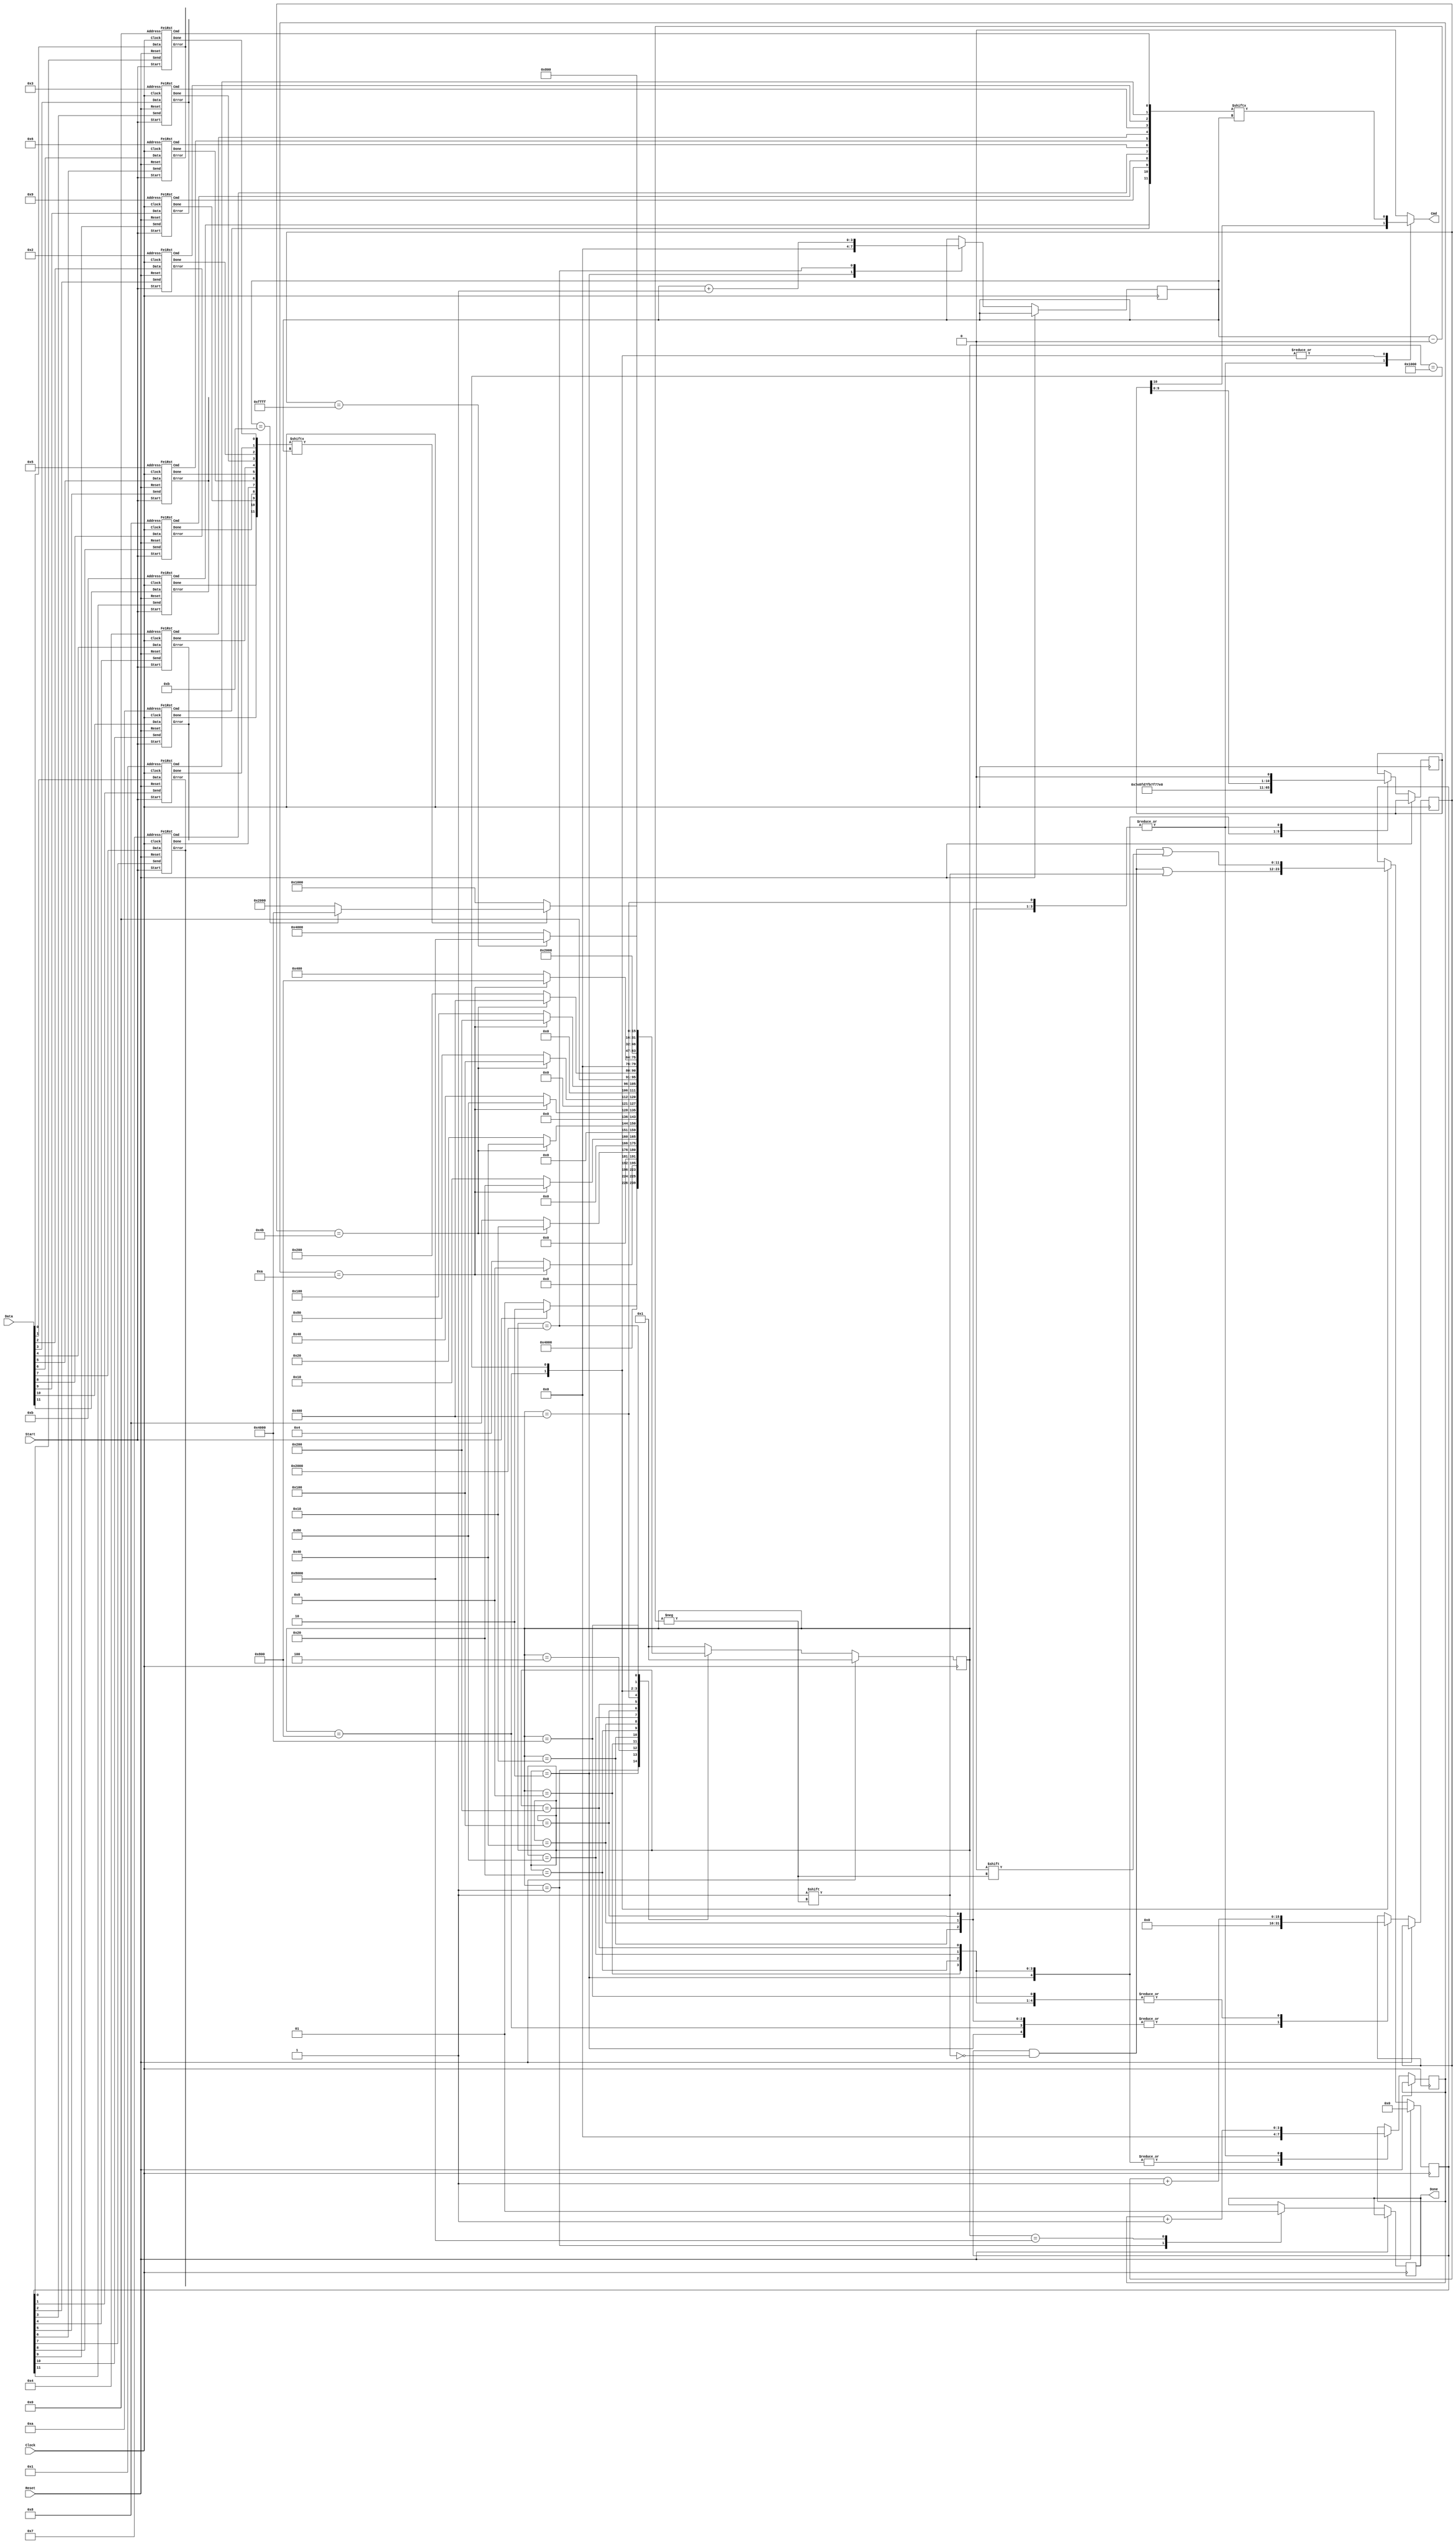
//Program to run in the pCT Tracker front-end board to reset the
//ASICs without affecting the data acquisition registers.  To do 
//that, it must read the present configuration and store it, send
//the reset command, and then reload the configuration.  A wait
//is needed after that to allow the DAC and I/O channels to 
//settle.  Only the configuration register, trigger and data mask
//registers, and the threshold DAC register need to be reloaded.
//R. Johnson, 2013
module FeReset(Done,Cmd,Data,Start,Clock,Reset);

input Reset;
input Clock;
input Start;		//Signal to start the reset
input [11:0] Data;  	//Data lines from the 12 chips

output Cmd;        	//Commands going out to the chips
output Done;		//Signal that all is completed and the run can resume

reg Cmd;
reg Done;

wire [2:0] Error0, Error1, Error2, Error3, Error4, Error5, Error6, Error7, Error8, Error9, ErrorA, ErrorB;
reg [11:0] Send;
wire [11:0] Cmd1;
wire [11:0] Done1;

initial begin
//	$display("Time           State     Start  Data   Cmd  Send   Cmd1  Done1   Command   Cnt   CntWt");
end
always @ (posedge Clock) begin
//	$display("%g\t  %b %b   %b   %b  %b %b %b %b %d %d",$time,State,Start,Data,Cmd,Send,Cmd1,Done1,Command,Cnt,CntWt);
end

//Instantiate a program to handle each of the ASICs
//They will all store the register information simultaneously,
//and they will be reset simultaneously but they will be reloaded 
//one at a time (there is only a single command line).
Fe1Rst Fe1Rst0(Done1[0],Error0,Cmd1[0],Data[0],Send[0],Start,5'b00000,Clock,Reset);
Fe1Rst Fe1Rst1(Done1[1],Error1,Cmd1[1],Data[1],Send[1],Start,5'b00001,Clock,Reset);
Fe1Rst Fe1Rst2(Done1[2],Error2,Cmd1[2],Data[2],Send[2],Start,5'b00010,Clock,Reset);
Fe1Rst Fe1Rst3(Done1[3],Error3,Cmd1[3],Data[3],Send[3],Start,5'b00011,Clock,Reset);
Fe1Rst Fe1Rst4(Done1[4],Error4,Cmd1[4],Data[4],Send[4],Start,5'b00100,Clock,Reset);
Fe1Rst Fe1Rst5(Done1[5],Error5,Cmd1[5],Data[5],Send[5],Start,5'b00101,Clock,Reset);
Fe1Rst Fe1Rst6(Done1[6],Error0,Cmd1[6],Data[6],Send[6],Start,5'b00110,Clock,Reset);
Fe1Rst Fe1Rst7(Done1[7],Error1,Cmd1[7],Data[7],Send[7],Start,5'b00111,Clock,Reset);
Fe1Rst Fe1Rst8(Done1[8],Error2,Cmd1[8],Data[8],Send[8],Start,5'b01000,Clock,Reset);
Fe1Rst Fe1Rst9(Done1[9],Error3,Cmd1[9],Data[9],Send[9],Start,5'b01001,Clock,Reset);
Fe1Rst Fe1RstA(Done1[10],Error4,Cmd1[10],Data[10],Send[10],Start,5'b01010,Clock,Reset);
Fe1Rst Fe1RstB(Done1[11],Error5,Cmd1[11],Data[11],Send[11],Start,5'b01011,Clock,Reset);

//State definitions for the state machine
parameter [15:0] Wait=16'b0000000000000001;	//Wait for the start signal
parameter [15:0] CmTh=16'b0000000000000010;	//Load the read threshold DAC register command
parameter [15:0] RdTh=16'b0000000000000100;	//Send out the read threshold DAC register command
parameter [15:0] CmCf=16'b0000000000001000;	//Load the read configuration register command
parameter [15:0] RdCf=16'b0000000000010000;	//Send out the read configuration register command
parameter [15:0] CmDt=16'b0000000000100000;	//Load the read data mask register command
parameter [15:0] RdDt=16'b0000000001000000;	//Send out the read data mask register command
parameter [15:0] CmTg=16'b0000000010000000;	//Load the read trigger mask register command
parameter [15:0] RdTg=16'b0000000100000000;	//Send out the read trigger mask register command
parameter [15:0] CmRs=16'b0000001000000000;	//Load the reset command
parameter [15:0] SdRs=16'b0000010000000000;	//Send out the reset command
parameter [15:0] LdCh=16'b0000100000000000;	//Send a signal to a chip to load its registers
parameter [15:0] WtCh=16'b0001000000000000;	//Wait for a chip to finish loading its registers
parameter [15:0] NxCh=16'b0010000000000000;	//Increment the chip pointer
parameter [15:0] Fini=16'b0100000000000000;	//Wait for the electronics to settle
parameter [15:0] SdDn=16'b1000000000000000;	//Send the done signal

reg [15:0] State, NextState;
reg [10:0] Command;
reg [3:0] Cnt;
reg [15:0] CntWt;
reg [3:0] Idx;			//Pointer to the chip being loaded

always @ (State or Start or Cnt or CntWt or Done1 or Command or Cmd1 or Idx) begin
	case (State)
		Wait:	begin
					Cmd = 1'b0;
					if (Start) NextState = CmTh;
					else NextState = Wait;
				end
		CmTh:	begin
					Cmd = 1'b0;
					NextState = RdTh;
				end
		RdTh:	begin
					if (Cnt == 10) NextState = CmCf;
					else NextState = RdTh;
					Cmd = Command[10];
				end
		CmCf:	begin
					Cmd = 1'b0;
					if (CntWt == 75) NextState = RdCf;
					else NextState = CmCf;
				end
		RdCf:	begin
					if (Cnt == 10) NextState = CmDt;
					else NextState = RdCf;
					Cmd = Command[10];
				end
		CmDt:	begin
					Cmd = 1'b0;
					if (CntWt == 75) NextState = RdDt;
					else NextState = CmDt;
				end
		RdDt:	begin
					if (Cnt == 10) NextState = CmTg;
					else NextState = RdDt;
					Cmd = Command[10];
				end
		CmTg:	begin
					Cmd = 1'b0;
					if (CntWt == 75) NextState = RdTg;
					else NextState = CmTg;
				end
		RdTg:	begin
					if (Cnt == 10) NextState = CmRs;
					else NextState = RdTg;
					Cmd = Command[10];
				end
		CmRs:	begin
					Cmd = 1'b0;
					if (CntWt == 75) NextState = SdRs;
					else NextState = CmRs;
				end
		SdRs:	begin
					if (Cnt == 10) NextState = LdCh;
					else NextState = SdRs;
					Cmd = Command[10];
				end
		LdCh:	begin
					Cmd = Cmd1[Idx];
					NextState = WtCh;
				end
		WtCh:	begin
					Cmd = Cmd1[Idx];
					if (Done1[Idx]) begin
						if (Idx == 4'b1011) NextState = Fini;
						else NextState = NxCh;
					end else NextState = WtCh;
				end
		NxCh:	begin
					Cmd = 1'b0;
					NextState = LdCh;
				end
		Fini:	begin
					Cmd = 1'b0;
					if (CntWt == 16'b1111111111111111) NextState = SdDn;
//					if (CntWt == 16'b0000000000111111) NextState = SdDn;
					else NextState = Fini;
				end
		SdDn:	begin
					Cmd = 1'b0;
					NextState = Wait;
				end
		default:	begin
						NextState = Wait;
						Cmd = 1'b0;
					end
	endcase
end

always @ (posedge Clock) begin
	if (Reset) begin
		State <= Wait;
		Send <= 0;
	end else begin
		State <= NextState;
		case (State)
			Wait:	begin
						Done <= 1'b0;
					end
			CmTh:	begin
						Command <= 11'b11111101000;
						Cnt <= 0;
						Idx <= 0;
						CntWt <= 0;
					end
			RdTh:	begin
						Cnt <= Cnt + 1;
						Command <= {Command[9:0],1'b0};
					end
			CmCf:	begin
						Cnt <= 0;
						CntWt <= CntWt + 1;
						Command <= 11'b11111101011;
					end
			RdCf:	begin
						CntWt <= 0;
						Cnt <= Cnt + 1;
						Command <= {Command[9:0],1'b0};
					end
			CmDt:	begin
						Cnt <= 0;
						CntWt <= CntWt + 1;
						Command <= 11'b11111101101;
					end
			RdDt:	begin
						CntWt <= 0;
						Cnt <= Cnt + 1;
						Command <= {Command[9:0],1'b0};
					end
			CmTg:	begin
						Cnt <= 0;
						CntWt <= CntWt + 1;
						Command <= 11'b11111101110;
					end
			RdTg:	begin
						Cnt <= Cnt + 1;
						CntWt <= 0;
						Command <= {Command[9:0],1'b0};
					end
			CmRs:	begin
						Cnt <= 0;
						CntWt <= CntWt + 1;
						Command <= 11'b11111100010;
					end
			SdRs:	begin
						Cnt <= Cnt + 1;
						Command <= {Command[9:0],1'b0};
					end
			LdCh:	begin
						Send[Idx] <= 1'b1;
						CntWt <= 0;
					end
			WtCh:	begin
						Send[Idx] <= 1'b0;
					end
			NxCh:	begin
						Idx <= Idx + 1;
					end
			Fini:	begin
						CntWt <= CntWt + 1;
					end
			SdDn:	begin
						Done <= 1'b1;
					end
		endcase
	end
end

endmodule

//This module handles a single ASIC.  It stores the register information
//as it flows in and calculates the parity.  When signaled, for each
//register it forms the appropriate load register command and shifts
//it out on the Cmd line.
module Fe1Rst(Done,Error,Cmd,Data,Send,Start,Address,Clock,Reset);

input Reset;
input Clock;
input [4:0] Address;	//Address of the chip this instance will handle
input Start;			//Signal to start looking for register data
input Send;				//Signal to start sending load register commands
input Data;				//Data from a single chip

output Cmd;				//Command stream to the chips
output [2:0] Error;		//Error bits from the configuration register
output Done;			//Signal that loading is done

reg Cmd, Done;
wire [2:0] Error;

reg [5:0] Header;
reg [63:0] TrgMsk, DatMsk;
reg [21:0] Config;
reg [7:0] ThrDac;
reg [2:0] Cnt;
reg [6:0] CntBits;
reg [74:0] Command;
reg PrtyThr, PrtyConf, PrtyDat, PrtyTrg;

assign PrtyAddr = Address[0]^Address[1]^Address[2]^Address[3]^Address[4];
assign Error = Config[21:19];

parameter [15:0] Wait=16'b0000000000000001;	//Wait for a start signal
parameter [15:0] Redy=16'b0000000000000010;  //Look for the begining of a data stream
parameter [15:0] Hedr=16'b0000000000000100;	//Shift in the 6-bit header
parameter [15:0] Thrs=16'b0000000000001000;	//Store threshold DAC bits
parameter [15:0] Conf=16'b0000000000010000;	//Store configuration register bits
parameter [15:0] DatM=16'b0000000000100000;	//Store data mask bits
parameter [15:0] TrgM=16'b0000000001000000;	//Store trigger mask bits
parameter [15:0] CmTh=16'b0000000010000000;	//Set up command for DAC register
parameter [15:0] LdTh=16'b0000000100000000;	//Load threshold DAC register
parameter [15:0] CmCf=16'b0000001000000000;	//Set up command for configuration register
parameter [15:0] LdCf=16'b0000010000000000;	//Load configuration register
parameter [15:0] CmDt=16'b0000100000000000;	//Set up command for data mask register
parameter [15:0] LdDt=16'b0001000000000000;	//Load data mask register
parameter [15:0] CmTg=16'b0010000000000000;	//Set up command for trigger mask register
parameter [15:0] LdTg=16'b0100000000000000;	//Load trigger mask register
parameter [15:0] SdDn=16'b1000000000000000;	//Send done signal

reg [15:0] State, NextState;

always @ (State or Start or Data or Send or Header or Cnt or CntBits or Command) begin
	case (State)
		Wait:	begin
					Cmd = 1'b0;
					if (Start) NextState = Redy;
					else NextState = Wait;
				end
		Redy:	begin
					Cmd = 1'b0;
					if (Send) NextState = CmTh;
					else if (Data) NextState = Hedr;
					else NextState = Redy;
				end
		Hedr:	begin
					Cmd = 1'b0;
					if (Cnt == 4) begin
						case (Header[2:0])
							3'b010:	NextState = Thrs;
							3'b011: NextState = Conf;
							3'b100: NextState = DatM;
							3'b101: NextState = TrgM;
							default: NextState = SdDn;
						endcase
					end else begin
						NextState = Hedr;
					end
				end
		Thrs:	begin
					Cmd = 1'b0;
					if (CntBits == 65) NextState = Redy;
					else NextState = Thrs;
				end
		Conf:	begin
					Cmd = 1'b0;
					if (CntBits == 65) NextState = Redy;
					else NextState = Conf;
				end
		DatM:	begin
					Cmd = 1'b0;
					if (CntBits == 65) NextState = Redy;
					else NextState = DatM;
				end
		TrgM:	begin
					Cmd = 1'b0;
					if (CntBits == 65) NextState = Redy;
					else NextState = TrgM;
				end
		CmTh:	begin
					Cmd = 1'b0;
					NextState = LdTh;
				end
		LdTh:	begin
					Cmd = Command[74];
					if (CntBits == 18) NextState = CmCf;
					else NextState = LdTh;
				end
		CmCf:	begin
					Cmd = 1'b0;
					NextState = LdCf;
				end
		LdCf:	begin
					Cmd = Command[74];
					if (CntBits == 29) NextState = CmDt;
					else NextState = LdCf;
				end
		CmDt:	begin
					Cmd = 1'b0;
					NextState = LdDt;
				end
		LdDt:	begin
					Cmd = Command[74];
					if (CntBits == 74) NextState = CmTg;
					else NextState = LdDt;
				end
		CmTg:	begin
					Cmd = 1'b0;
					NextState = LdTg;
				end
		LdTg:	begin
					Cmd = Command[74];
					if (CntBits == 74) NextState = SdDn;
					else NextState = LdTg;
				end
		SdDn:	begin
					Cmd = 1'b0;
					NextState = Wait;
				end
		default:	begin
						Cmd = 1'b0;
						NextState = Wait;
					end
	endcase
end

always @ (posedge Clock) begin
	if (Reset) begin
		State <= Wait;
	end else begin
		State <= NextState;
		case (State)
			Wait:	begin
						Done <= 1'b0;
						PrtyThr <= 1'b0;       //Parity of the 4-bit command string
						PrtyConf <= 1'b1;
						PrtyDat <= 1'b0; 
						PrtyTrg <= 1'b1;
					end
			Redy:	begin
						Header <= {Header[4:0],Data};
						Cnt <= 0;
						CntBits <= 0;
					end
			Hedr:	begin
						Header <= {Header[4:0],Data};
						Cnt <= Cnt + 1;
					end
			Thrs:	begin
						if (CntBits < 8) begin
							ThrDac <= {ThrDac[6:0],Data};
							PrtyThr <= PrtyThr^Data;    //Include the parity of the data field
//							$display("%g\t %h PrtyThr=%b,  Data=%b, Cnt=%d",$time,Address,PrtyThr,Data,CntBits);
						end
						CntBits <= CntBits + 1;
					end
			Conf:	begin
						if (CntBits < 22) begin
							Config <= {Config[20:0],Data};
							if (CntBits > 2) begin
								PrtyConf <= PrtyConf^Data;
//								$display("%g\t %h PrtyConf=%b,  Data=%b, Cnt=%d",$time,Address,PrtyConf,Data,CntBits);
							end
						end
						CntBits <= CntBits + 1;
					end
			DatM:	begin
						if (CntBits < 64) begin
							DatMsk <= {DatMsk[62:0],Data};
							PrtyDat <= PrtyDat^Data;
						end
						CntBits <= CntBits + 1;
					end
			TrgM:	begin
						if (CntBits < 64) begin
							TrgMsk <= {TrgMsk[62:0],Data};
							PrtyTrg <= PrtyTrg^Data;
						end
						CntBits <= CntBits + 1;
					end
			CmTh:	begin
						CntBits <= 0;
						Command <= {1'b1,Address,4'b1010,PrtyAddr^PrtyThr,ThrDac,56'b0};
					end
			LdTh:	begin
						CntBits <= CntBits + 1;
						Command <= {Command[73:0],1'b0};
					end
			CmCf:	begin
						CntBits <= 0;
//						$display("%g\t %h PrtyAddr=%b, PrtyConf=%b, Config=%b",$time,Address,PrtyAddr,PrtyConf,Config);
						Command <= {1'b1,Address,4'b1011,PrtyAddr^PrtyConf,Config[18:0],45'b0};
					end
			LdCf:	begin
//						if (CntBits == 0) $display("%g\t %h  Load config command = %b",$time,Address,Command);
						CntBits <= CntBits + 1;
						Command <= {Command[73:0],1'b0};
					end
			CmDt:	begin
						CntBits <= 0;
						Command <= {1'b1,Address,4'b1100,PrtyAddr^PrtyDat,DatMsk};
					end
			LdDt:	begin
						CntBits <= CntBits + 1;
						Command <= {Command[73:0],1'b0};
					end
			CmTg:	begin
						CntBits <= 0;
						Command <= {1'b1,Address,4'b1101,PrtyAddr^PrtyTrg,TrgMsk};
					end
			LdTg:	begin
						CntBits <= CntBits + 1;
						Command <= {Command[73:0],1'b0};
					end
			SdDn:	begin
						Done <= 1'b1;
					end
		endcase
	end
end

endmodule